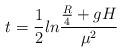
LaTeX: \begin{align*}t= \frac{1}{2} ln\frac{\frac{R}{4}+ g H}{\mu^2}\end{align*}